Report on vaccination in Madras 1877-1894 - 1877-1894
Year: 1877
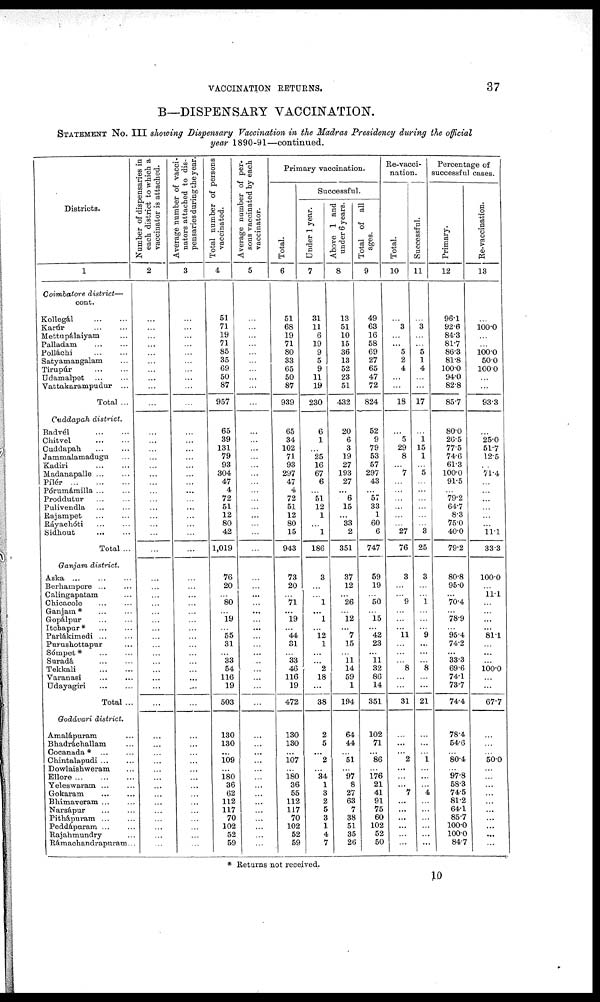
VACCINATION RETURNS.
37
B—DISPENSARY VACCINATION.
STATEMENT NO. III showing Dispensary Vaccination in the Madras Presidency during the official
year 1890-91—continued.
Districts.
1
Coimbatore district—
cont.
Kollegál
...
...
Karúr
...
...
Mettupálaiyam ...
Palladam
...
...
Polláchi
...
...
Satyamangalam ...
Tirupúr
...
...
Udamalpet ... ...
Vattakarampudur ...
Total ...
Cuddapah district.
Badvél
...
...
Chitvel
...
...
Cuddapah ... ...
Jammalamadugu ...
Kadiri
...
...
Madanapalle ... ...
Pílér
...
...
...
Pórumámilla ... ...
Proddutur
...
...
Pulivendla ... ...
Rajampet ... ...
Ráyachóti
...
...
Sidhout
...
...
Total ...
Ganjam district.
Aska
...
...
...
Berhampore
...
...
Calingapatam ...
Chicacole
...
...
Ganjam*
...
...
Gopálpur
...
...
Itchapur*
...
...
Parlákimedi ... ...
Purushottapur ...
Sómpet* ... ...
Suradá
...
...
Tekkali
...
...
Varanasi ... ...
Udayagiri
...
...
Total ...
Godávari district.
Amalápuram ...
Bhadráchallam ...
Cocanada* ... ...
Chintalapudi ... ...
Dowlaishweram ...
Ellore
...
...
...
Yeleswaram ... ...
Gokaram
...
...
Bhimaveram ... ...
Narsápur ... ...
Pithápuram ... ...
Peddápuram ... ...
Rajahmundry ...
Rámachandrapuram...
Number of dispensaries in
each district to which a
vaccinator is attached.
2
...
...
...
...
...
...
...
...
...
...
...
...
...
...
...
...
...
...
...
...
...
...
...
...
...
...
...
...
...
...
...
...
...
...
...
...
...
...
...
...
...
...
...
...
...
...
...
...
...
...
...
...
...
Average number of vacci-
nators attached to dis-
pensaries during the year.
3
...
...
...
...
...
...
...
...
...
...
...
...
...
...
...
...
...
...
...
...
...
...
...
...
...
...
...
...
...
...
...
...
...
...
...
...
...
...
...
...
...
...
...
...
...
...
...
...
...
...
...
...
...
Total number of persons
vaccinated.
4
51
71
19
71
85
35
69
50
87
957
65
39
131
79
93
304
47
4
72
51
12
80
42
1,019
76
20
... 80
...
19
...
55
31
...
33
54
116
19
503
130
130
...
109
...
180
36
62
112
117
70
102
52
59
Average number of per-
sons vaccinated by each
vaccinator.
5
...
...
...
...
...
...
...
...
...
...
...
...
...
...
...
...
...
...
...
...
...
...
...
...
...
...
...
...
...
...
...
...
...
...
...
...
...
...
...
...
...
...
...
...
...
...
...
...
...
...
...
...
...
Primary vaccination.
Total.
6
51
68
19
71
80
33
65
50
87
939
65
34
102
71
93
297
47
4
72
51
12
80
15
943
73
20
... 71
...
19
...
44
31
...
33
46
116
19
472
130
130
...
107
...
180
36
55
112
117
70
102
52
59
Successful.
Under 1 year.
7
31
11
6
19
9
5
9
11
19
230
6
1
...
25
16
67
6
...
51
12
1
...
1
186
3
...
... 1
...
1
...
12
1
...
...
2
18
...
38
2
5
...
2
...
34
1
3
2
5
3
1
4
7
Above 1 and
under 6 years.
8
13
51
10
15
36
13
52
23
51
432
20
6
3
19
27
193
27
...
6
15
...
33
2
351
37
12
...
26
...
12
...
7
15
...
11
14
59
1
194
64
44
...
51
...
97
8
27
63
7
38
51
35
26
Total of all
ages.
9
49
63
16
58
69
27
65
47
72
824
52
9
79
53
57
297
43
...
57
33
1
60
6
747
59
19
... 50
...
15
...
42
23
...
11
32
86
14
351
102
71
...
86
...
176
21
41
91
75
60
102
52
50
Re-vacci-
nation.
Total.
10
...
3
...
... 5
2
4
...
...
18
...
5
29
8
...
7
...
...
...
...
...
...
27
76
3
...
... 9
...
...
...
11
...
...
...
8
...
...
31
...
...
...
2
...
...
...
7
...
...
...
...
...
...
Successful.
11
...
3
...
... 5
1
4
...
...
17
...
1
15
1
...
5
...
...
...
...
...
...
3
25
3
...
... 1
...
...
...
9
...
...
...
8
...
...
21
...
...
...
1
...
...
...
4
...
...
...
...
...
...
Percentage of
successful cases.
Primary.
12
96.1
92.6
84.3
81.7
86.3
81.8
100.0
94.0
82.8
85.7
80.0
26.5
77.5
74.6
61.3
100.0
91.5
...
79.2
64.7
8.3
75.0
40.0
79.2
80.8
95.0
...
70.4
...
78.9
...
95.4
74.2
...
33.3
69.6
74.1
73.7
74.4
78.4
54.6
...
80.4
...
97.8
58.3
74.5
81.2
64.1
85.7
100.0
100.0
84.7
Re-vaccination.
13
...
100.0
...
... 100.0
50.0
100.0
...
...
93.3
...
25.0
51.7
12.5
...
71.4
...
...
...
...
...
...
11.1
33.3
100.0
...
11.1
...
...
...
...
81.1
...
...
...
100.0
...
...
67.7
...
...
...
50.0
...
...
...
...
...
...
...
...
...
...
* Returns not received.
10